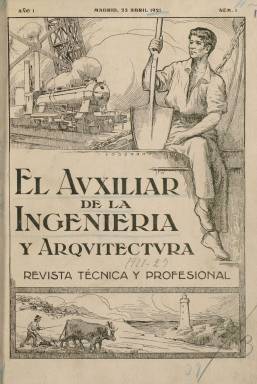
Título: El Auxiliar de la ingeniería y arquitectura
Colección: Industria || Arquitectura y construcción
Ámbito geográfico: Madrid
Lugar de publicación: Madrid
Fechas: 25/04/1921-30/06/1936

Revista de carácter técnico y profesional, órgano de la Asociación General de Ayudantes y Auxiliares de los Cuerpos de Ingenieros Civiles del Estado, creada en 1914, que entonces estaba presidida por Luis Ortum, y publicada en sustitución del Boletín que previamente venía editando desde 1915, cuyo título también forma parte de la colección de la Biblioteca Nacional de España (BNE). Sale el primer número de El Auxiliar… el 25 de abril de 1921. De periodicidad quincenal, aparecerá los días 15 y 25 de cada mes. Sus entregas, generalmente de 16 páginas y compuestas a dos columnas, tendrán foliación continuada anual. Contará con una cubierta ilustrada y en sus páginas se insertarán fotograbados con fotografías de vistas, aéreas, de obras e industrias, maquinaria o retratos de personalidades, entre otras, así como dibujos, planos o croquis.

El propósito de la publicación será la defensa de los intereses de la clase Auxiliar de la Ingeniería y Arquitectura Civil, la defensa de sus reivindicaciones sociales y la dignificación de su trabajo, como “la más modesta de la clase media a que pertenecen”, se dirá en su artículo de presentación. Pero ello, “sin tibiezas ni cobardías… cuando la injusticia, el nepotismo, la arbitrariedad” de pie a ello, quedando sus páginas abiertas a exponer cualquier planteamiento científico, literario y social, y principalmente las “injusticias y atropellos, tan frecuentes en el orden oficial”. Presupuestos estos que harán de esta publicación un elemento combativo en la defensa política de los intereses de estos cuerpos de ayudantes y auxiliares de todas las ingenierías civiles del Estado.

A partir de su número 30 (10 de julio de 1922) ya aparecerá el ayudante de Montes Antonio Monjó Vagué como director de la revista (que desde 1917 había sido presidente de la asociación), al que se le añade su también compañero del mismo cuerpo Alberto Vela y de Palacio, como redactor jefe, quien fallecerá en 1974 en Madrid, después de haber sufrido represión durante la dictadura franquista. En su cuadro de colaboradores estarán el notario Julio Senador; los ingenieros de Montes Manuel Aulló y Eduardo Butler; el teniente coronel de Artillería César Serrano; el publicista Roberto Castrovido; los ingenieros de Caminos Alfonso Peña Boeuf y Fermín Artaza; el delegado de España en la Oficina Internacional del Trabajo (OIT), Antonio Fabra Ribas; el ingeniero de Minas Alfonso de Alvarado; el médico Víctor Ruiz Albéniz; el arquitecto Bernardo F. de las Heras; el teniente coronel de Ingenieros José María Samaniego, así como el abogado Augusto Barcia y Gregorio Corrochano. Sus redactores serán ayudantes y auxiliares de los citados cuerpos de ingenieros y arquitectos.

A partir del 25 de octubre de 1925, Vela sustituirá a Monjó en la dirección de la revista, ocupando el puesto de redactor-jefe desde entonces José M. Simarro. Se suman a su cuadro de colaboradores los ingenieros geógrafos Rafael Sereix, Wenceslao Castillo y Agustín Ucelay, el ingeniero de Caminos José Aguinaga, el arquitecto Eladio Laredo, el aparejador Eugenio Naranjo o el pintor Javier de Winthuyzen, a los que se sumará también el ingeniero de Minas Juan Sánchez Arboledas.

Desde el 25 de noviembre de 1928 (número 183), la revista estará adherida a la Federación Internacional de Prensa Técnica, como así lo indica en su cabecera. A partir de febrero de 1935, la dirección de la revista recaerá en el ayudante de Montes y publicista forestal Jaime Barrachina y Almeda, cuando la asociación de los cuerpos auxiliares y ayudantes de ingeniería y arquitectura estaba presidida por el aparejador de Obras Amancio Portabales, siendo su secretario el topógrafo Joaquín Casas.

La revista tendrá secciones fijas, como Sección oficial (con resúmenes de la Gaceta), Crónica quincenal, Noticias, Personal, Bibliografía, Leyendo revistas o Curiosidades científicas. Publicará también las suscripciones de acciones al montepío social Casa El Auxiliar de la Ingeniería por parte de los asociados (ayudantes de obras públicas, de agrónomos, geómetras, sobrestantes, delineantes, topógrafos, etc.), en cuyo domicilio de la calle Claudio Coello, de Madrid, estaba establecida la redacción y administración de la revista.

Cada entrega comienza con un artículo editorial relativo a la situación social, corporativa, profesional y funcionarial de estos técnicos, u otros artículos sobre política hidráulica, la red metropolitana de Madrid, cuestiones catastrales, el Congreso Nacional de Carreteras (1922), la repoblación y explotaciones forestales, la educación obrera moderna, el Mapa de España, las diputaciones provinciales o la topografía, entre otros. La última entrega de este título en la BNE es el 364, correspondiente a junio de 1936, cuando la asociación había estudiado modificaciones y mejoras en la revista, tanto en el formato como en su paginación.